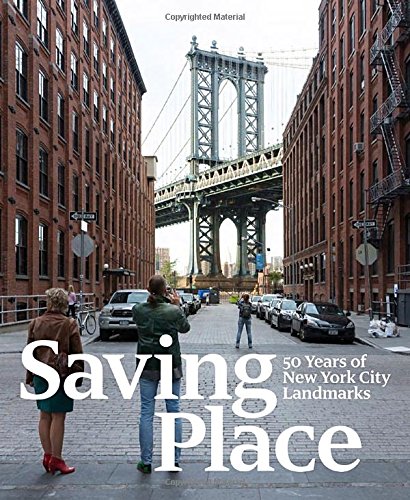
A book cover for Saving Place: 50 Years of New York City Landmarks; Arts & Photography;